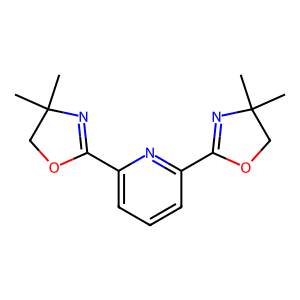
SMILES: CC1(C)COC(c2cccc(C3=NC(C)(C)CO3)n2)=N1
Inhibits HIV replication: No